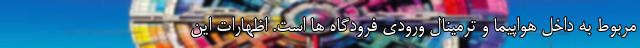
مربوط به داخل هواپیما و ترمینال ورودی فرودگاه ها است. اظهارات این